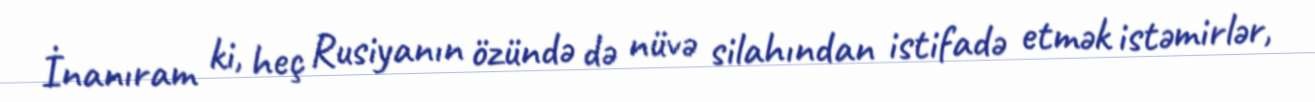
İnanıram ki, heç Rusiyanın özündə də nüvə silahından istifadə etmək istəmirlər,